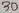
Text: 30